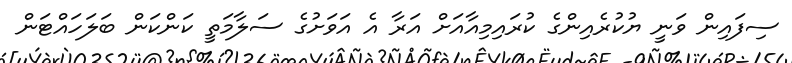
ސިފައިން ވަނީ ޔުކުރެއިންގެ ކުރައިމިއާއަށް އަރާ އެ އަވަށުގެ ސަލާމަތީ ކަންކަން ބަލަހައްޓަން